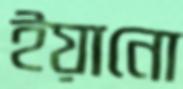
ইয়ানো